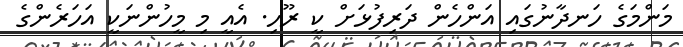
މަންމަގެ ހަނދާނުގައި އަންހެން ދަރިފުޅަށް ކީ ރޫހި. އެއީ މި މީހުންނަކީ އަހަރެންގެ